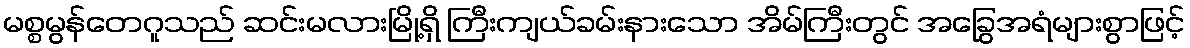
မစ္စမွန်တေဂူသည် ဆင်းမလားမြို့ရှိ ကြီးကျယ်ခမ်းနားသော အိမ်ကြီးတွင် အခြွေအရံများစွာဖြင့်